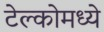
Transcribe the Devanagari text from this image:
टेल्कोमध्ये